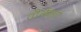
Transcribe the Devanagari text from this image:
तीर्थकरो